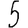
Digit: 5